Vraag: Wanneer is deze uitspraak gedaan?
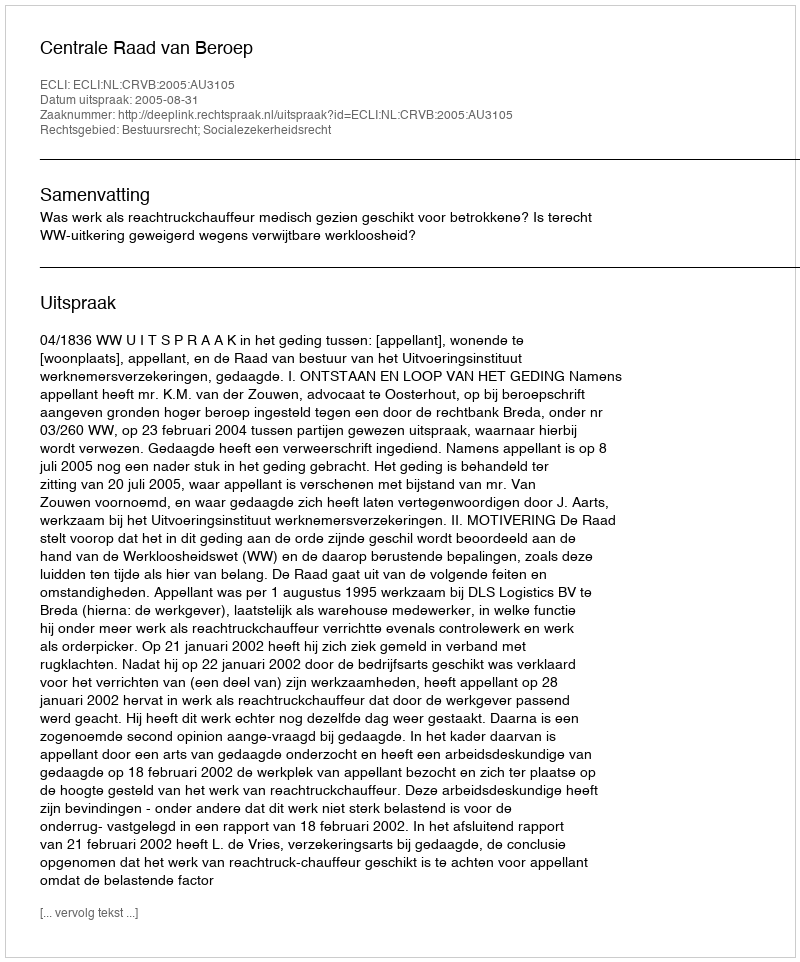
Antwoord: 2005-08-31